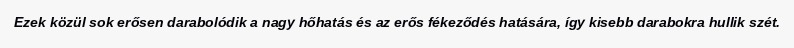
Ezek közül sok erősen darabolódik a nagy hőhatás és az erős fékeződés hatására, így kisebb darabokra hullik szét.